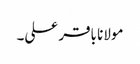
مولانا باقر علی۔